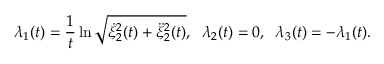
\lambda _ { 1 } ( t ) = \frac { 1 } { t } \ln \sqrt { \dot { \xi } _ { 2 } ^ { 2 } ( t ) + \ddot { \xi } _ { 2 } ^ { 2 } ( t ) } , \; \; \lambda _ { 2 } ( t ) = 0 , \; \; \lambda _ { 3 } ( t ) = - \lambda _ { 1 } ( t ) .